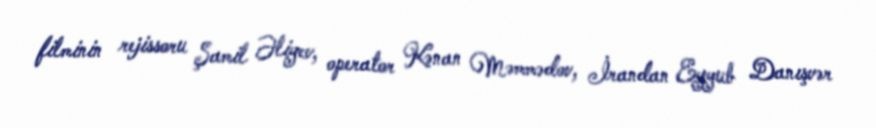
filminin rejissoru Şamil Əliyev, operator Kənan Məmmədov, İrandan Eyyub Danışvər